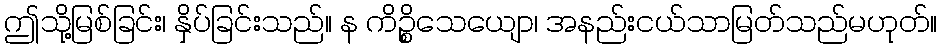
ဤသို့မြစ်ခြင်း၊ နှိပ်ခြင်းသည်။ န ကိဉ္စိသေယျော၊ အနည်းငယ်သာမြတ်သည်မဟုတ်။